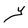
Character: Y